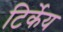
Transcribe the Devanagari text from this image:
टिर्केय